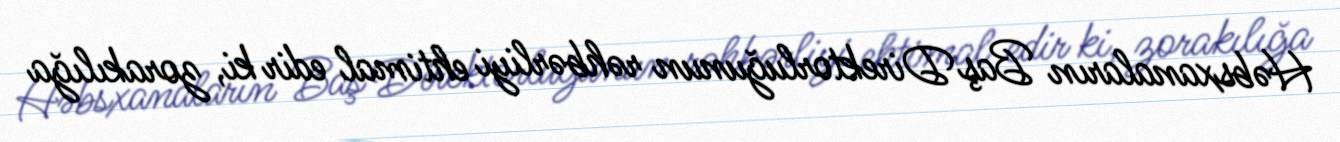
Həbsxanaların Baş Direktorluğunun rəhbərliyi ehtimal edir ki, zorakılığa